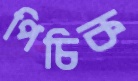
পিচিক